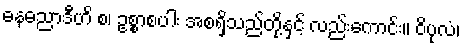
ဓနဓညာဒီဟိ စ၊ ဥစ္စာစပါး အစရှိသည်တို့နှင့် လည်းကောင်း။ ဝိပုလံ၊